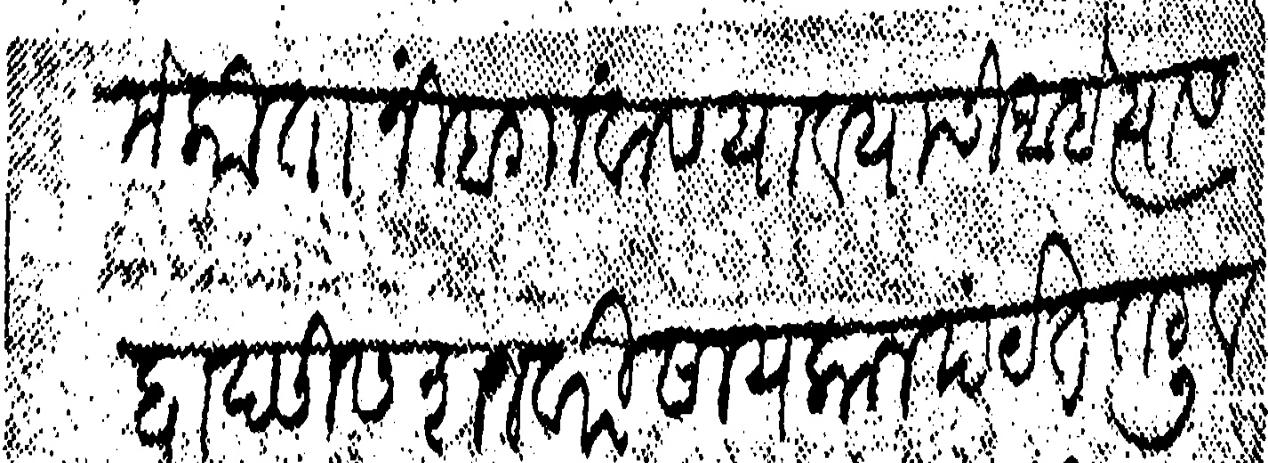
Transliteration (Devanagari): पौर्णिमे करीता निबगांवास यावयाची आहे त्यास द्वादसीस शनवारी सायकाल पर्यंत तटु व